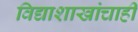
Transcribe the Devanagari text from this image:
विद्याशाखांचाही